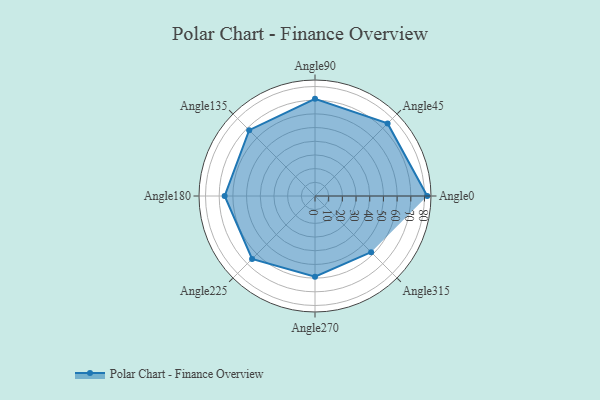
{"axis": {"x": "Angle", "y": "Radius"}, "legend": [""], "data": [{"x": "Angle0", "y": 82.0, "type": ""}, {"x": "Angle45", "y": 75.0, "type": ""}, {"x": "Angle90", "y": 71.0, "type": ""}, {"x": "Angle135", "y": 68.0, "type": ""}, {"x": "Angle180", "y": 66.0, "type": ""}, {"x": "Angle225", "y": 65.0, "type": ""}, {"x": "Angle270", "y": 59.0, "type": ""}, {"x": "Angle315", "y": 58.0, "type": ""}]}